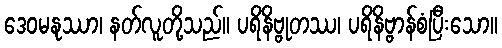
ဒေဝမနုဿာ၊ နတ်လူတို့သည်။ ပရိနိဗ္ဗုတဿ၊ ပရိနိဗ္ဗာန်စံပြီးသော။